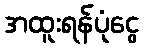
အထူးရန်ပုံငွေ